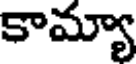
కామ్యా